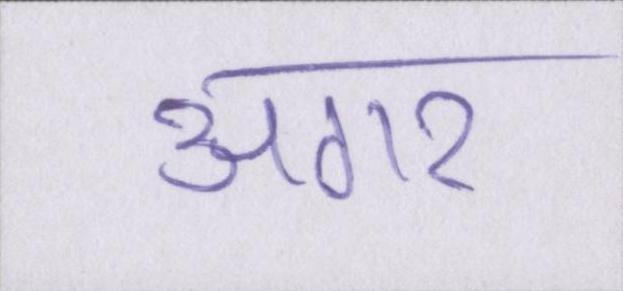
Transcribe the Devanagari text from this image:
अगर